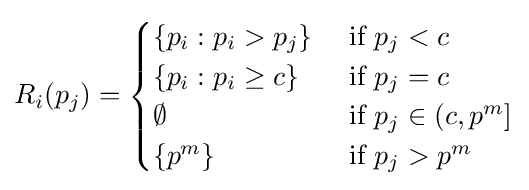
R_{i}(p_{j})={\begin{cases}\{p_{i}:p_{i}>p_{j}\}&{\text{ if }}p_{j}<c\\\{p_{i}:p_{i}\geq c\}&{\text{ if }}p_{j}=c\\\emptyset &{\text{ if }}p_{j}\in (c,p^{m}]\\\{p^{m}\}&{\text{ if }}p_{j}>p^{m}\\\end{cases}}